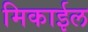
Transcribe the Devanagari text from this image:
मिकाईल